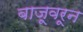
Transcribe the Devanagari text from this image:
बाजूवरून